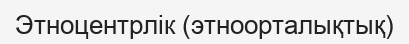
Этноцентрлік (этноорталықтық)